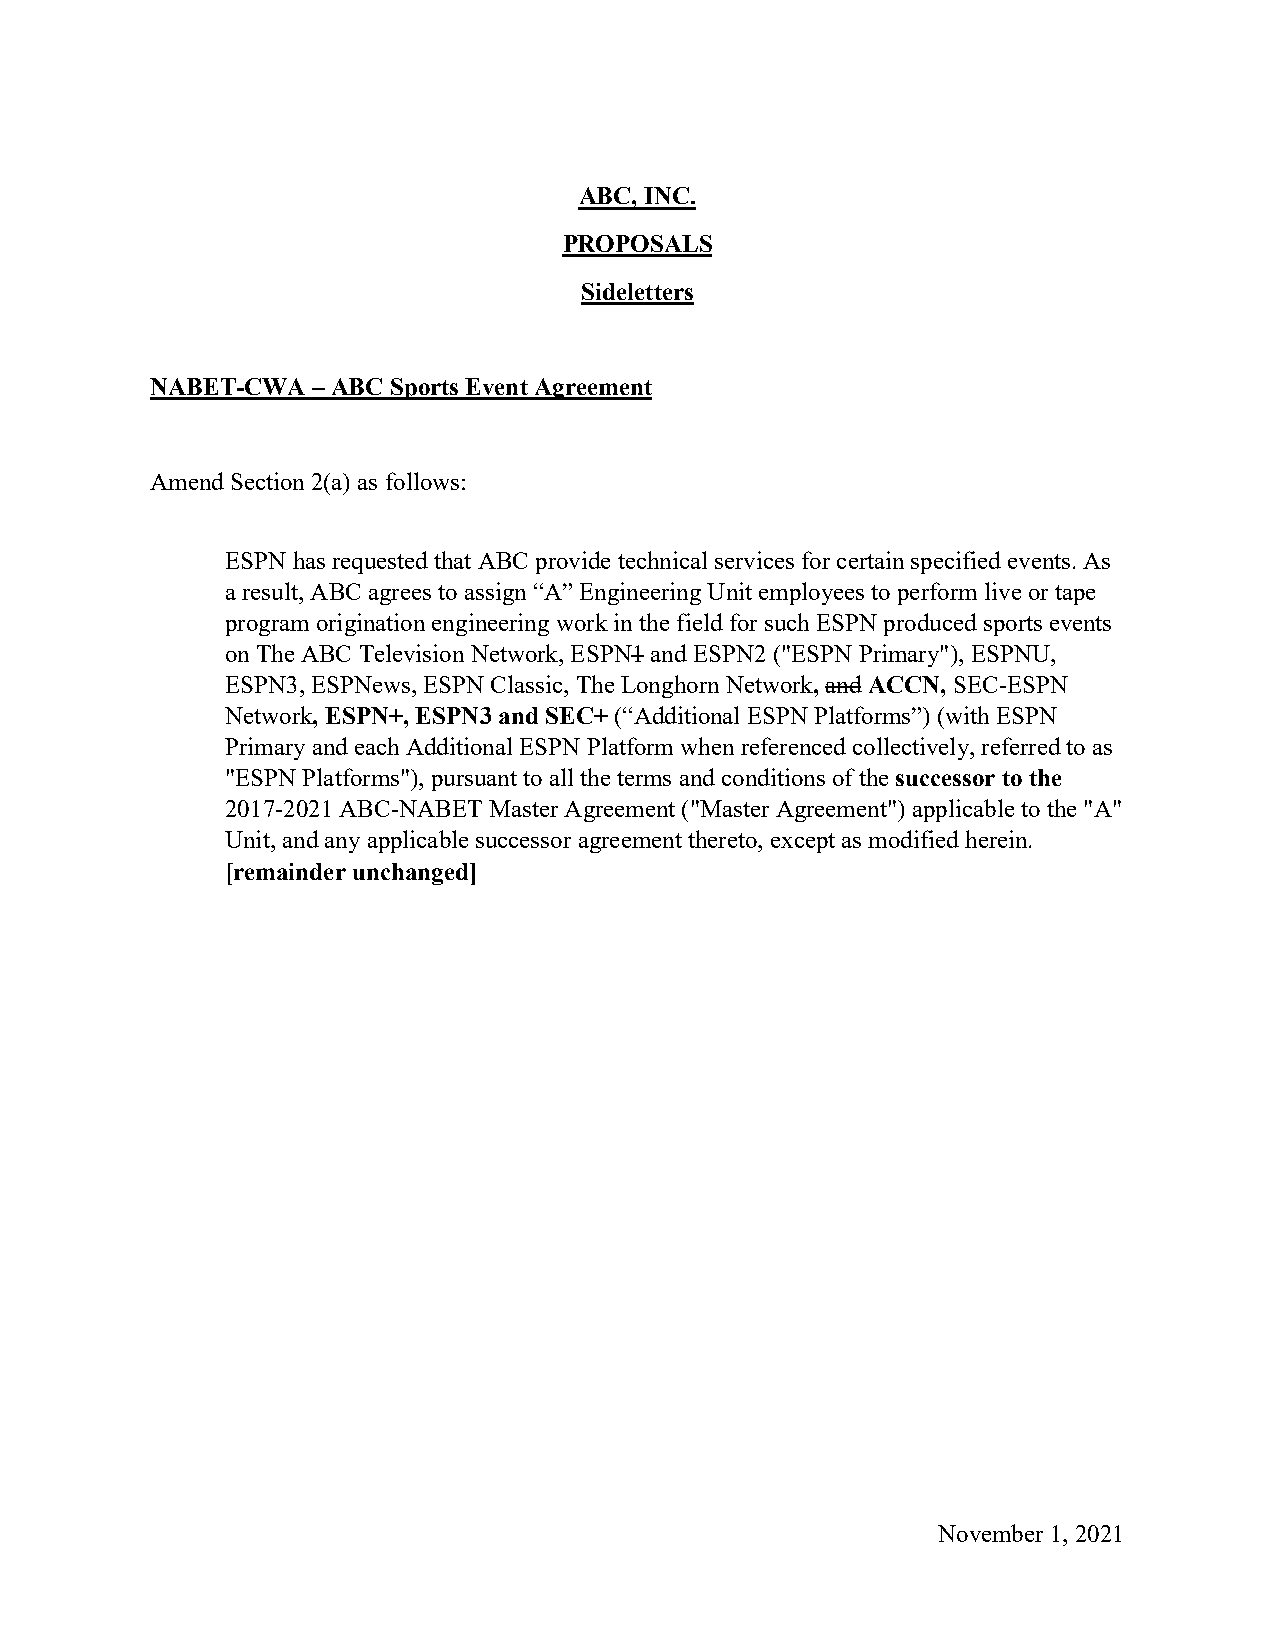
ABC, INC.
 PROPOSALS
 Sideletters
 NABET-CWA  – ABC Sports Event Agreement
 Amend Section 2(a) as follows:
 ESPN has requested that ABC provide technical services for certain specified events. As
 a result, ABC agrees to assign “A” Engineering Unit employees to perform live or tape
 program origination engineering work in the field for such ESPN produced sports events
 on The ABC Television Network, ESPN1 and ESPN2 ("ESPN Primary"), ESPNU,
 ESPN3, ESPNews, ESPN Classic, The Longhorn Network, and ACCN, SEC-ESPN
 Network, ESPN+, ESPN3 and SEC+ (“Additional ESPN Platforms”) (with ESPN
 Primary and each Additional ESPN Platform when referenced collectively, referred to as
 "ESPN Platforms"), pursuant to all the terms and conditions of the successor to the
 2017-2021 ABC-NABET Master Agreement ("Master Agreement") applicable to the "A"
 Unit, and any applicable successor agreement thereto, except as modified herein.
 [remainder unchanged]
 November 1, 2021